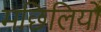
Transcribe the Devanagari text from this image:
मछिलियों